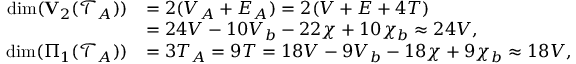
\begin{array} { r l } { \dim ( { \bf V } _ { 2 } ( { \mathcal T } _ { { A } } ) ) } & { = 2 ( V _ { A } + E _ { A } ) = 2 ( V + E + 4 T ) } \\ & { = 2 4 V - 1 0 V _ { b } - 2 2 \chi + 1 0 \chi _ { b } \approx 2 4 V , } \\ { \dim ( \Pi _ { 1 } ( { \mathcal T } _ { { A } } ) ) } & { = 3 T _ { A } = 9 T = 1 8 V - 9 V _ { b } - 1 8 \chi + 9 \chi _ { b } \approx 1 8 V , } \end{array}